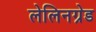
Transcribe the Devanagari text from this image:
लेलिनग्रेड